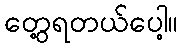
တွေ့ရတယ်ပေါ့။